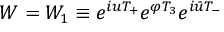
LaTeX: W = W _ { 1 } \equiv e ^ { i u T _ { + } } e ^ { \varphi T _ { 3 } } e ^ { i \bar { u } T _ { - } }